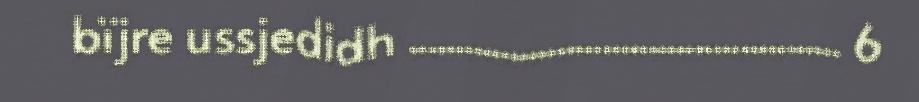
bïjre ussjedidh ............................................... 6